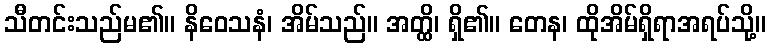
သီတင်းသည်မ၏။ နိဝေသနံ၊ အိမ်သည်။ အတ္ထိ၊ ရှိ၏။ တေန၊ ထိုအိမ်ရှိရာအရပ်သို့။